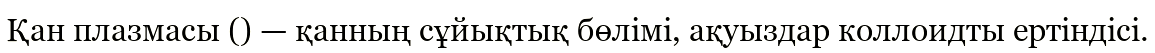
Қан плазмасы () — қанның сұйықтық бөлімі, ақуыздар коллоидты ертіндісі.